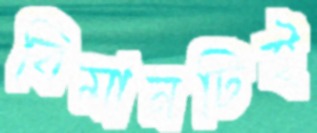
বিমানটিই